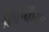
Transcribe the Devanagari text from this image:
फ्रैन्किया